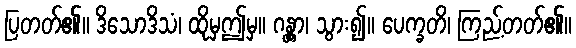
ပြတတ်၏။ ဒိသောဒိသံ၊ ထိုမှဤမှ။ ဂန္တွာ၊ သွား၍။ ပေက္ခတိ၊ ကြည့်တတ်၏။